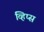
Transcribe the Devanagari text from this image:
व्हिप्स